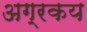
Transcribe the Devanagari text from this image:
अग्रकय